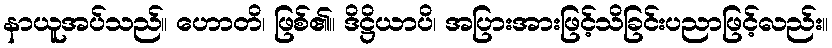
နာယူအပ်သည်။ ဟောတိ၊ ဖြစ်၏။ ဒိဋ္ဌိယာပိ၊ အပြားအားဖြင့်သိခြင်းပညာဖြင့်လည်း။